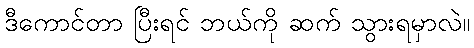
ဒီကောင်တာ ပြီးရင် ဘယ်ကို ဆက် သွားရမှာလဲ။